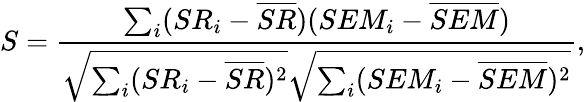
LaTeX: S=\frac{\sum_{i}(SR_{i}-\overline{{SR}})(SEM_{i}-\overline{{SEM}})}{\sqrt{\sum_{i}(SR_{i}-\overline{{SR}})^{2}}\sqrt{\sum_{i}(SEM_{i}-\overline{{SEM}})^{2}}},